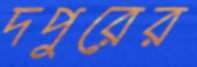
দপুরের